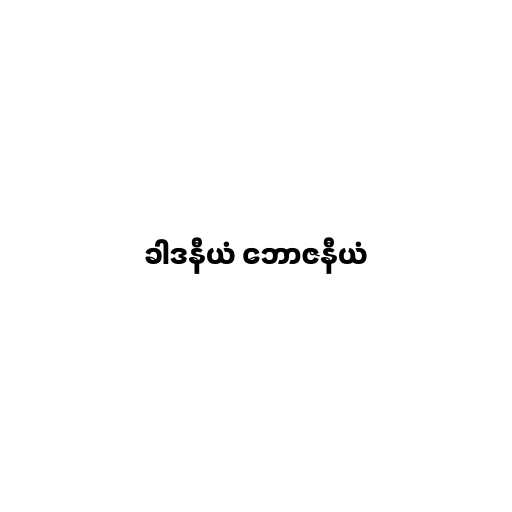
ခါဒနီယံ ဘောဇနီယံ